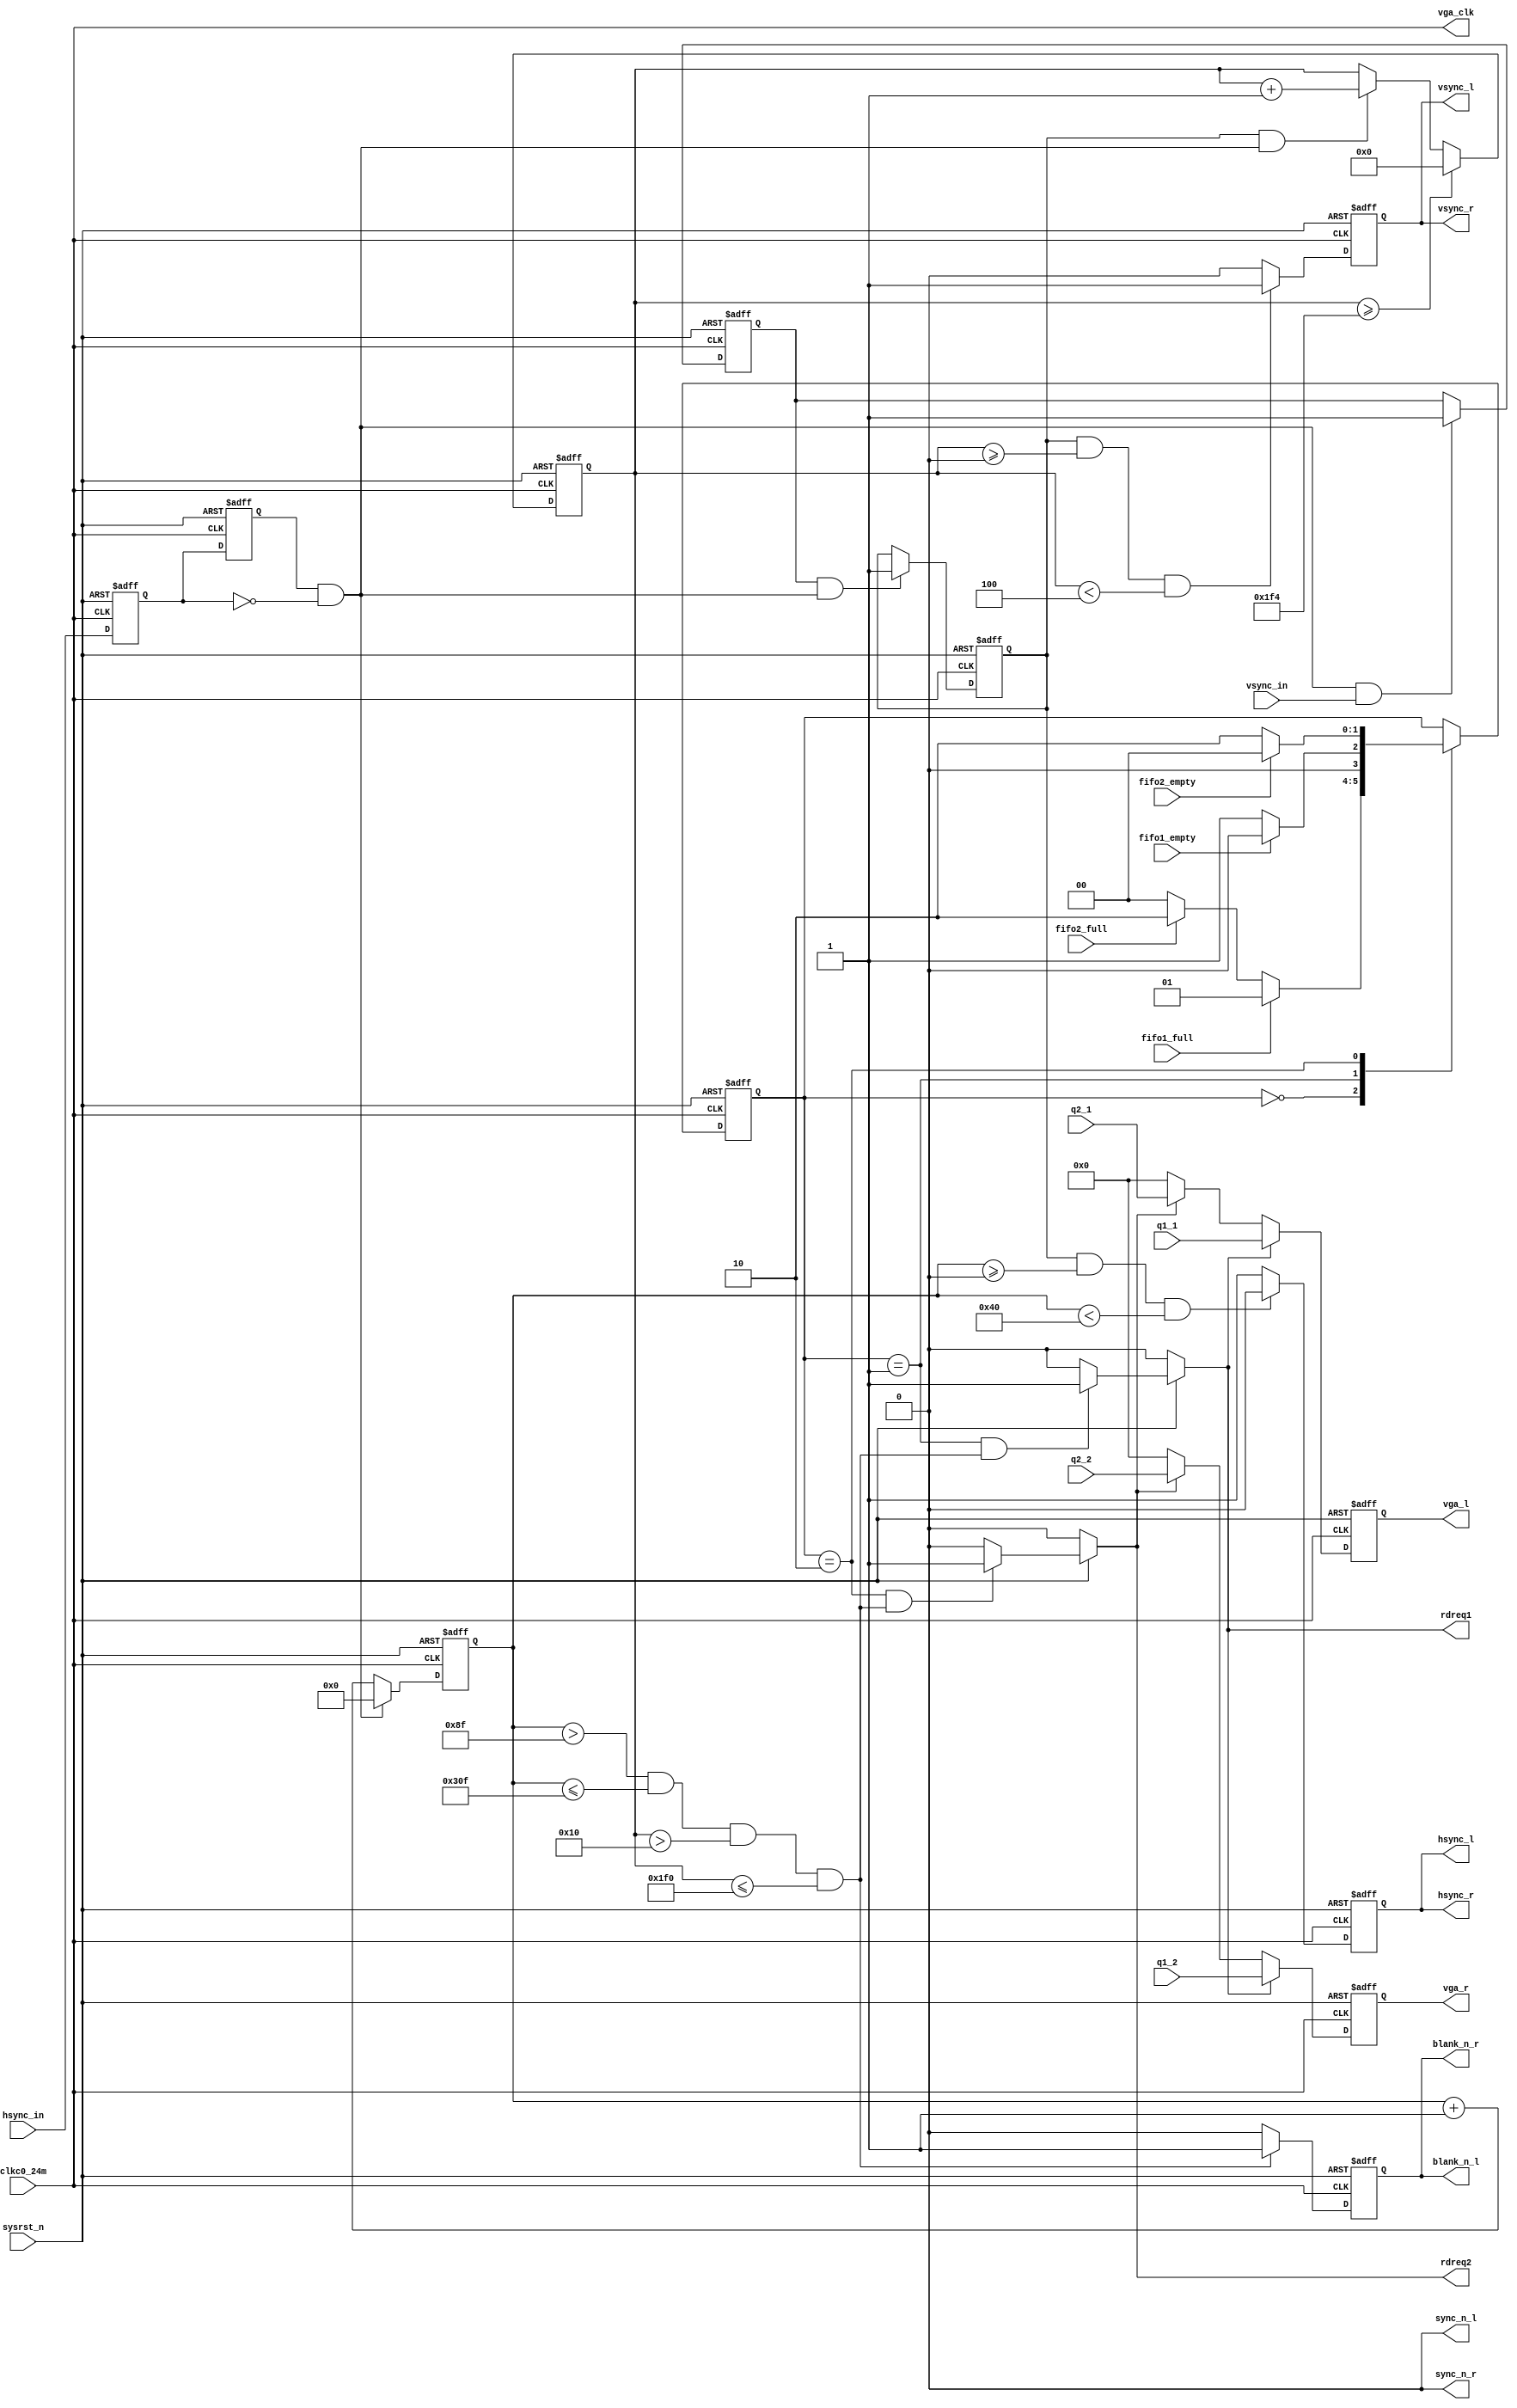

/* 
copyright C.Y

Filename    : pllnrst.v
Compiler    : Quartus II 9.1
simulator	: ModelSim 6.5b
Description : vga
Release     : 
*/

module vga_controler(
				//input 
				clkc0_24m,
				sysrst_n,
				hsync_in,
				vsync_in,
				q1_1,
				q1_2,
				q2_1,
				q2_2,
				fifo1_full,
				fifo1_empty,
				fifo2_full,
				fifo2_empty,
				//output
				/* led0,
				led1, */
				
				rdreq1,
				rdreq2,
				
				vga_clk,
				hsync_l,
				vsync_l,
				blank_n_l,
				sync_n_l,
				vga_l,
				
				hsync_r,
				vsync_r,
				blank_n_r,
				sync_n_r,
				vga_r
				);
				
input clkc0_24m;
input sysrst_n;
input hsync_in;
input vsync_in;
input [23:0] q1_1;
input [23:0] q1_2;
input [23:0] q2_1;
input [23:0] q2_2;
input fifo1_full;
input fifo1_empty;
input fifo2_full;
input fifo2_empty;

/* output led0;
output led1; */
output rdreq1;
output rdreq2;
output vga_clk;
output hsync_l;
output vsync_l;
output blank_n_l;
output sync_n_l;
output [23:0] vga_l;

output hsync_r;
output vsync_r;
output blank_n_r;
output sync_n_r;
output[23:0] vga_r;


//hsync_in
reg hsync_in_ff1;
reg hsync_in_ff2;
always @ (negedge clkc0_24m or negedge sysrst_n) begin	
	if(!sysrst_n) begin
		hsync_in_ff1<=1'b1;
		hsync_in_ff2<=1'b1;
		end
	else begin
		hsync_in_ff1<=hsync_in;
		hsync_in_ff2<=hsync_in_ff1;
		end
end
wire hsync_neg=hsync_in_ff2 &(~hsync_in_ff1);

//
reg hsync_flag1;
always @ (negedge clkc0_24m or negedge sysrst_n) begin
	if(!sysrst_n)
		hsync_flag1<=1'b0;
	else if(hsync_neg & vsync_in)
		hsync_flag1<=1'b1;
	else ;
end

reg hsync_flag2;
always @ (negedge clkc0_24m or negedge sysrst_n) begin
	if(!sysrst_n)
		hsync_flag2<=1'b0;
	else if(hsync_flag1 && hsync_neg)
		hsync_flag2<=1'b1;
	else ;
end

//
reg [10:0] x_cnt;
always @ (negedge clkc0_24m or negedge sysrst_n) begin
	if(!sysrst_n)
		x_cnt<=11'd0;
	else if(hsync_neg)
		x_cnt<=11'd0;
	else
		x_cnt<=x_cnt+1'b1;
end

//
reg [9:0] y_cnt;
always @ (negedge clkc0_24m or negedge sysrst_n) begin
	if(!sysrst_n)
		y_cnt<=10'd0;
	else if(y_cnt>=10'd500)
		y_cnt<=10'd0;
	else if(hsync_flag2 && hsync_neg)
		y_cnt<=y_cnt+1'b1;
	else ;
end

//hsync_l
reg hsync_l;
always @ (negedge clkc0_24m or negedge sysrst_n) begin
	if(!sysrst_n) 
		hsync_l<=1'b1;
	else if(hsync_flag2 && x_cnt>=11'd0 && x_cnt<11'd64)
		hsync_l<=1'b0;
	else
		hsync_l<=1'b1;
end

//hsync_r
assign hsync_r=hsync_l;

//vsync_l
reg vsync_l;
always @ (negedge clkc0_24m or negedge sysrst_n) begin
	if(!sysrst_n) 
		vsync_l<=1'b0;
	else if(hsync_flag2 && y_cnt>=10'd0 && y_cnt<10'd4)
		vsync_l<=1'b1;
	else
		vsync_l<=1'b0;
end

//vsync_r
assign vsync_r=vsync_l;

//sync_n_l
assign sync_n_l=1'b0;

//sync_n_r
assign sync_n_r=1'b0;

//vga_clk
assign vga_clk=clkc0_24m;

//blank_n_l
wire valid=(x_cnt>11'd143 && x_cnt<=11'd783 && y_cnt>10'd16 && y_cnt<=10'd496);

reg blank_n_l;
always @ (negedge clkc0_24m or negedge sysrst_n) begin
	if(!sysrst_n)
		blank_n_l<=1'b0;
	else if(valid)
		blank_n_l<=1'b1;
	else
		blank_n_l<=1'b0;
end

//blank_n_r
assign blank_n_r=blank_n_l;

/* assign vga_l=blank_n_l? 24'hff0000:24'h000000;
assign vga_r=blank_n_r? 24'h00ff00:24'h000000; */

//FSM controler
reg [1:0] cstate;

parameter IDLE=		2'b00;
parameter RD_FIFO1=	2'b01;
parameter RD_FIFO2=	2'b10;

always @ (negedge clkc0_24m or negedge sysrst_n) begin
	if(!sysrst_n) 
		cstate<=IDLE;
	else
		case(cstate)
			IDLE: begin
				if(fifo1_full)
					cstate<=RD_FIFO1;
				else if(fifo2_full)
					cstate<=RD_FIFO2;
				else
					cstate<=IDLE;
				end
			RD_FIFO1: begin
				if(fifo1_empty)
					cstate<=IDLE;
				else
					cstate<=RD_FIFO1;
				end
			RD_FIFO2: begin
				if(fifo2_empty)
					cstate<=IDLE;
				else
					cstate<=RD_FIFO2;
				end
			default: ;
		endcase
end

//rdreq1
reg rdreq1;
always @ (*) begin
	if(!sysrst_n)
		rdreq1=1'b0;
	else if(cstate==RD_FIFO1 && valid) 
		rdreq1=1'b1;
	else
		rdreq1=1'b0;
end

//rdreq2
reg rdreq2;
always @ (*) begin
	if(!sysrst_n)
		rdreq2=1'b0;
	else if(cstate==RD_FIFO2 && valid)
		rdreq2=1'b1;
	else 
		rdreq2=1'b0;
end

/* //led0,led1
reg led0;
reg led1;
always @ (negedge clkc0_24m or negedge sysrst_n) begin
	if(!sysrst_n) begin
		led0<=1'b0;
		led1<=1'b0;
		end
	else if(cstate==RD_FIFO1)
		led0<=1'b1;
	else if(cstate==RD_FIFO2)
		led1<=1'b1;
	else begin
		led0<=1'b0;
		led1<=1'b0;
		end
end */

//vga_l
reg [23:0] vga_l;
always @ (negedge clkc0_24m or negedge sysrst_n) begin
	if(!sysrst_n)
		vga_l<=24'd0;
	else if(rdreq1)
		vga_l<=q1_1;
	else if(rdreq2)
		vga_l<=q2_1;
	else
		vga_l<=24'd0;
end

//vga_r
reg [23:0] vga_r;
always @ (negedge clkc0_24m or negedge sysrst_n) begin
	if(!sysrst_n)
		vga_r<=24'd0;
	else if(rdreq1)
		vga_r<=q1_2;
	else if(rdreq2)
		vga_r<=q2_2;
	else
		vga_r<=24'd0;
end


endmodule